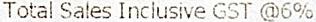
TOTAL SALES INCLUSIVE GST @6%